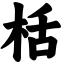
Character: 栝